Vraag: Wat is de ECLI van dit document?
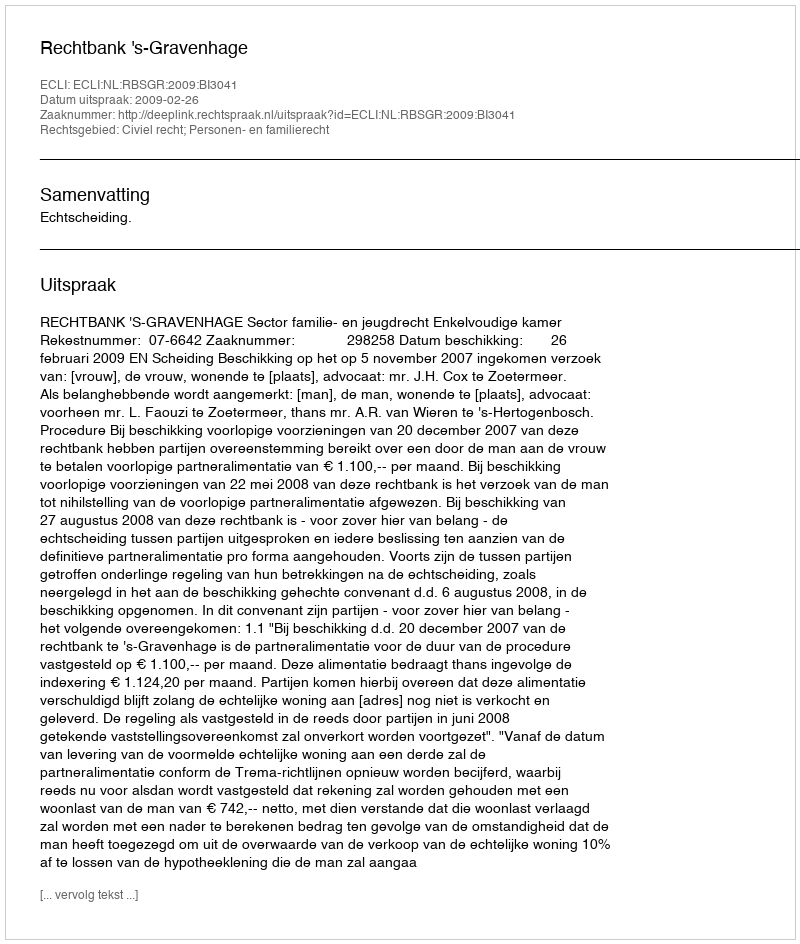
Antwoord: ECLI:NL:RBSGR:2009:BI3041